Annual report on the lock hospitals of the Madras Presidency
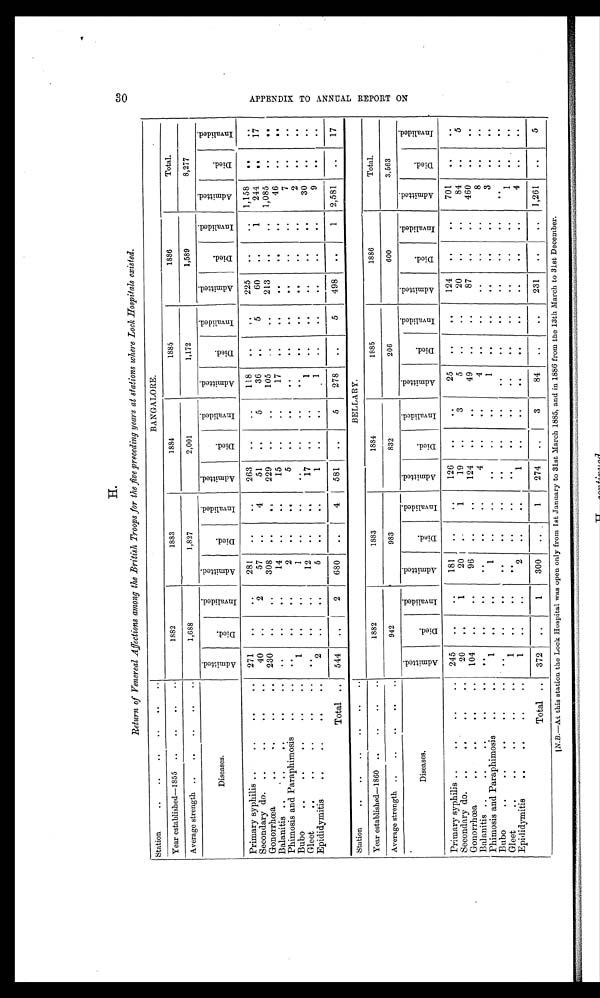
H.
Return of Venereal Affections among the British Troops for the five preceding years at stations where Lock Hospitals existed.
Station
. . .. .. .. . . . .
BANGALORE.
Year established-1855 ..
..
..
..
1882
1883
1884
1885
1886
Total.
Average strength ..
..
..
..
..
1,688
1,827
2,001
1,172
1,589
8,277
Diseases.
A d m i t t e d .
D i e d .
I n v a l i d e d .
A d m i t t e d .
D i e d .
I n v a l i d e d .
A d m i t t e d .
D i e d .
I n v a l i d e d .
A d m i t t e d .
D i e d .
I n v a l i d e d .
A d m i t t e d .
D i e d .
I n v a l i d e d .
A d m i t t e d .
D i e d .
I n v a l i d e d .
Primary syphilis ..
.. .
.. . . .
271
..
. .
281
..
..
263
. .
. . 118
. .
. .
225
..
.. 1,158
. .
. .
Secondary do. ..
. . . . ..
40
..
2
57
..
4
51
. .
5
36
..
5
60
..
1
244
. .
17
Gonorrhœa
..
. . .. . .
230 ..
..
308
. .
.:
229
. .
..
105
..
..
213
. . .. 1,085
. .
..
Balanitis .. ' ..
..
. . ..
. .
. .
..
14
. .
..
15
. .
..
17
. . ..
. .
. .
. .
46
..
..
Phimosis and Paraphimosis
..
. .
. .
2 ..
..
5
. .
..
..
. . ..
. . ..
..
7
..
..
Bubo
. . .. . . .. . .
1
. .
. .
1
. .
. .
. .
. .
..
. .
. .
. .
. .
. .
. .
2 ..
. .
Gleet
. . . . ..
..
. .
..
12 ..
. .
17
. .
..
1
..
..
..
. .
. .
30
..
. .
Epididymitis
. . . . . 9 . .
2
..
. .
5
. .
..
1
. . ..
1
..
..
. .
. .
. .
9
. .
. .
Total
544
..
2
680
..
4
581
. .
5
278
..
_ . . 5
498
. .
1 2,581
. .
17
Station
..
..
..
..
..
..
BELLARY.
Year established-1860 ..
..
..
..
1882
1883
1884
1885
1886
Total.
Average strength ..
..
..
. . ..
942
983
832
206
600
3.563
Diseases.
A d m i t t e d .
D i e d .
I n v a l i d e d .
A d m i t t e d .
D i e d .
I n v a l i d e d .
A d m i t t e d .
D i e d .
I n v a l i d e d .
A d m i t t e d .
D i e d .
I n v a l i d e d .
A d m i t t e d .
D i e d .
I n v a l i d e d .
A d m i t t e d .
D i e d .
I n v a l i d e d .
Primary syphilis ..
. a
..
.. 245
..
..
181
..
. .
126
. .
. .
25
. . ..
124
. . ..
701
..
..
Secondary do. ..
. . . . . .
20
. .
1
20
. .
1
19 ..
3
5
. .
. .
20
..
..
84 ..
5
Gonorrhœa
. a
. a
. . . .
104
. .
. .
96
..
..
124
. .
. .
49
. . ..
87
. . ..
460
. .
..
Balanitis ..
. .. .. . . . .
. .
. .
. .
. .
. .
. .
4
. .
..
4
. . ..
..
..
..
8
. .
. .
Phimosis and Paraphimosis
. a . a
1
. .
. .
1
. .
. .
. .
. .
. .
1
. .
. .
..
. .
. .
3
..
. .
Bubo
..
..
. a a . . .
. .
. .
. .
. .
. .
..
. .
. .
. .
. .
. .
. .
. .
. .
. .
. . ..
. .
Gleet. . . . e . . . . .
1
. .
. .
. .
. .
. .
. .
. .
. .
. .
. .
. .
. .
. .
. .
1
. .
. .
Epididymitis
. . . a .. ..
1
..
. .
2
. .
..
1
. .
..
..
. .
. .
..
. .
. .
4
. .
. .
Total .. 372
..
1
300 ..
1
274
..
3
84 ..
..
231
. .
. . 1,261
. .
5
N.B.—At this station the Lock Hospital was open only from 1st January to 31st March 1885, and in 1886 from the 13th March to 31st December.
30 A P P E N D I X T O A N N U A L R E P O R T O N